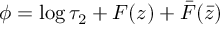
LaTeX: \phi = \log \tau _ { 2 } + F ( z ) + \bar { F } ( \bar { z } )